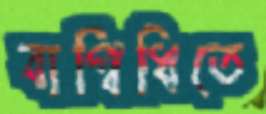
বাগ্বিধিতে